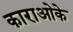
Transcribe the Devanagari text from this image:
काराओके